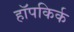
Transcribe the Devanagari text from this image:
हॉपकिर्क